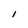
Character: I